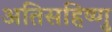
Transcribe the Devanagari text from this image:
अतिसहिष्णु